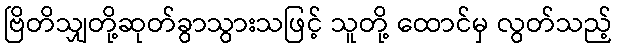
ဗြိတိသျှတို့ဆုတ်ခွာသွားသဖြင့် သူတို့ ထောင်မှ လွတ်သည့်